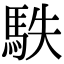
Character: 䭿